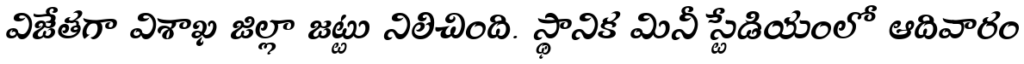
విజేతగా విశాఖ జిల్లా జట్టు నిలిచింది. స్థానిక మినీ స్టేడియంలో ఆదివారం